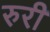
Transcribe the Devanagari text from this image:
रुरी